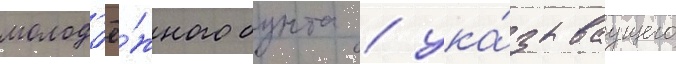
молод'ё́жного бунта / ука́зываущего